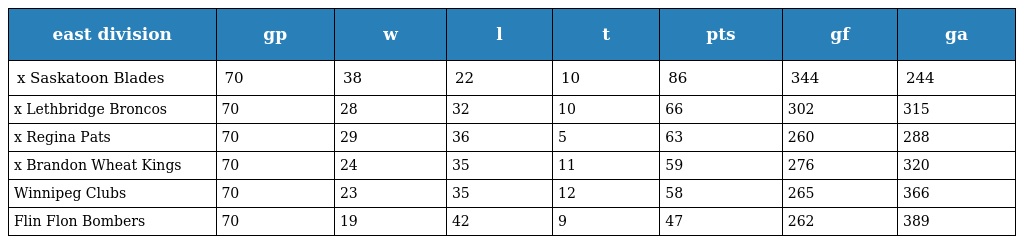
| east division | gp | w | l | t | pts | gf | ga |
 | --- | --- | --- | --- | --- | --- | --- | --- |
 | x Saskatoon Blades | 70 | 38 | 22 | 10 | 86 | 344 | 244 |
 | x Lethbridge Broncos | 70 | 28 | 32 | 10 | 66 | 302 | 315 |
 | x Regina Pats | 70 | 29 | 36 | 5 | 63 | 260 | 288 |
 | x Brandon Wheat Kings | 70 | 24 | 35 | 11 | 59 | 276 | 320 |
 | Winnipeg Clubs | 70 | 23 | 35 | 12 | 58 | 265 | 366 |
 | Flin Flon Bombers | 70 | 19 | 42 | 9 | 47 | 262 | 389 |